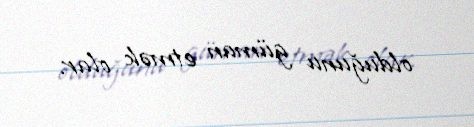
olduğunu güman etmək olar.